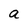
Character: a